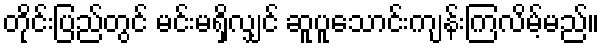
တိုင်းပြည်တွင် မင်းမရှိလျှင် ဆူပူသောင်းကျန်းကြလိမ့်မည်။